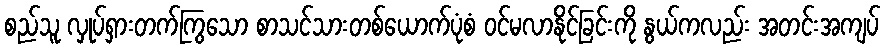
စည်သူ လှုပ်ရှားတက်ကြွသော စာသင်သားတစ်ယောက်ပုံစံ ဝင်မလာနိုင်ခြင်းကို နွယ်ကလည်း အတင်းအကျပ်